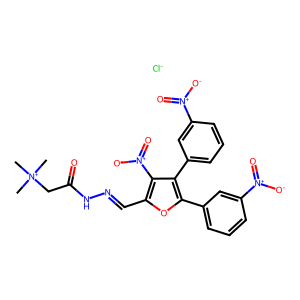
SMILES: C[N+](C)(C)CC(=O)NN=Cc1oc(-c2cccc([N+](=O)[O-])c2)c(-c2cccc([N+](=O)[O-])c2)c1[N+](=O)[O-].[Cl-]
Inhibits HIV replication: No